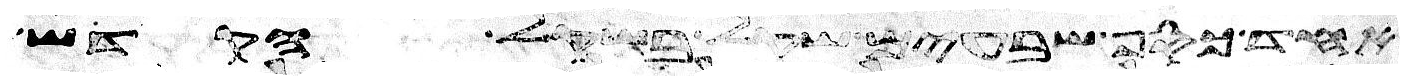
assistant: אחד כסף שבעים שקל בשקל הקדש